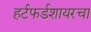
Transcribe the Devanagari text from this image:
हर्टफर्डशायरचा